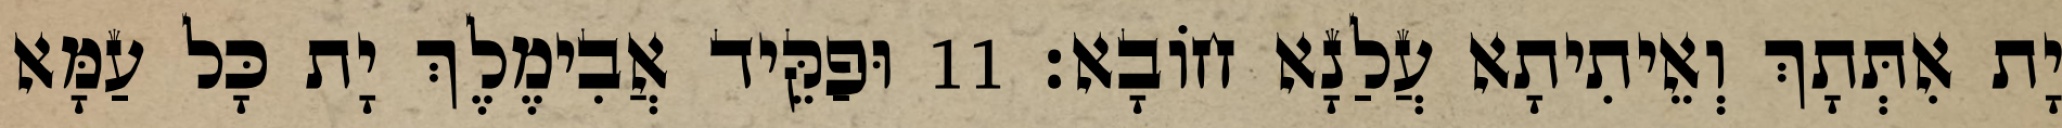
יָת אִתְּתָךְ וְאֵיתִיתָא עֲלַנָא חוֹבָא׃ 11 וּפַקֵּיד אֲבִימֶלֶךְ יָת כָּל עַמָּא